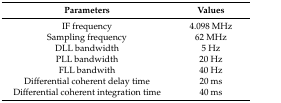
<table><thead><tr><td><b>Parameters</b></td><td><b>Values</b></td></tr></thead><tbody><tr><td>IF frequency</td><td>4.098 MHz</td></tr><tr><td>Sampling frequency</td><td>62 MHz</td></tr><tr><td>DLL bandwidth</td><td>5 Hz</td></tr><tr><td>PLL bandwidth</td><td>20 Hz</td></tr><tr><td>FLL bandwith</td><td>40 Hz</td></tr><tr><td>Differential coherent delay time</td><td>20 ms</td></tr><tr><td>Differential coherent integration time</td><td>40 ms</td></tr></tbody></table>